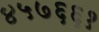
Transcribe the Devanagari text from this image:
४५७६६१